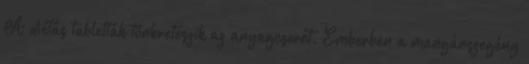
A diétás tabletták tönkreteszik az anyagcserét. Emberben a mangánszegény